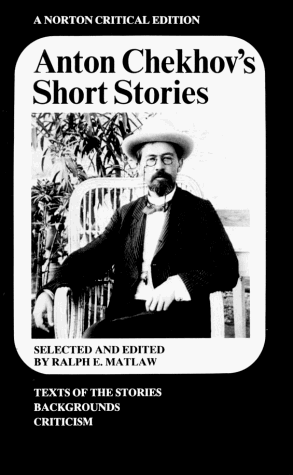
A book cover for Anton Chekhov's Short Stories (Norton Critical Editions); Anton Chekhov; Literature & Fiction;